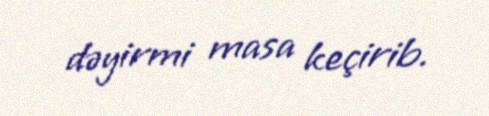
dəyirmi masa keçirib.